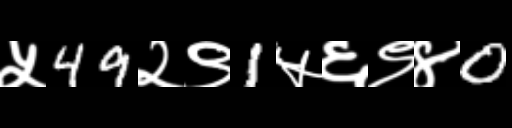
Text: ५49२९1५६९४0